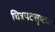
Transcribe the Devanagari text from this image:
चित्रपटसृष्ट्या